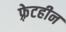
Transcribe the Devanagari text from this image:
फ़्रेटहीन